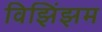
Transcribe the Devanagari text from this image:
विझिंझम